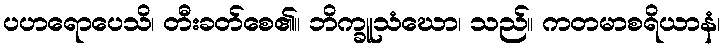
ပဟရောပေသိ၊ တီးခတ်စေ၏။ ဘိက္ခူသံဃော၊ သည်။ ကတမာစရိယာနံ၊